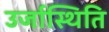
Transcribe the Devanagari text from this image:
उर्जास्थिति